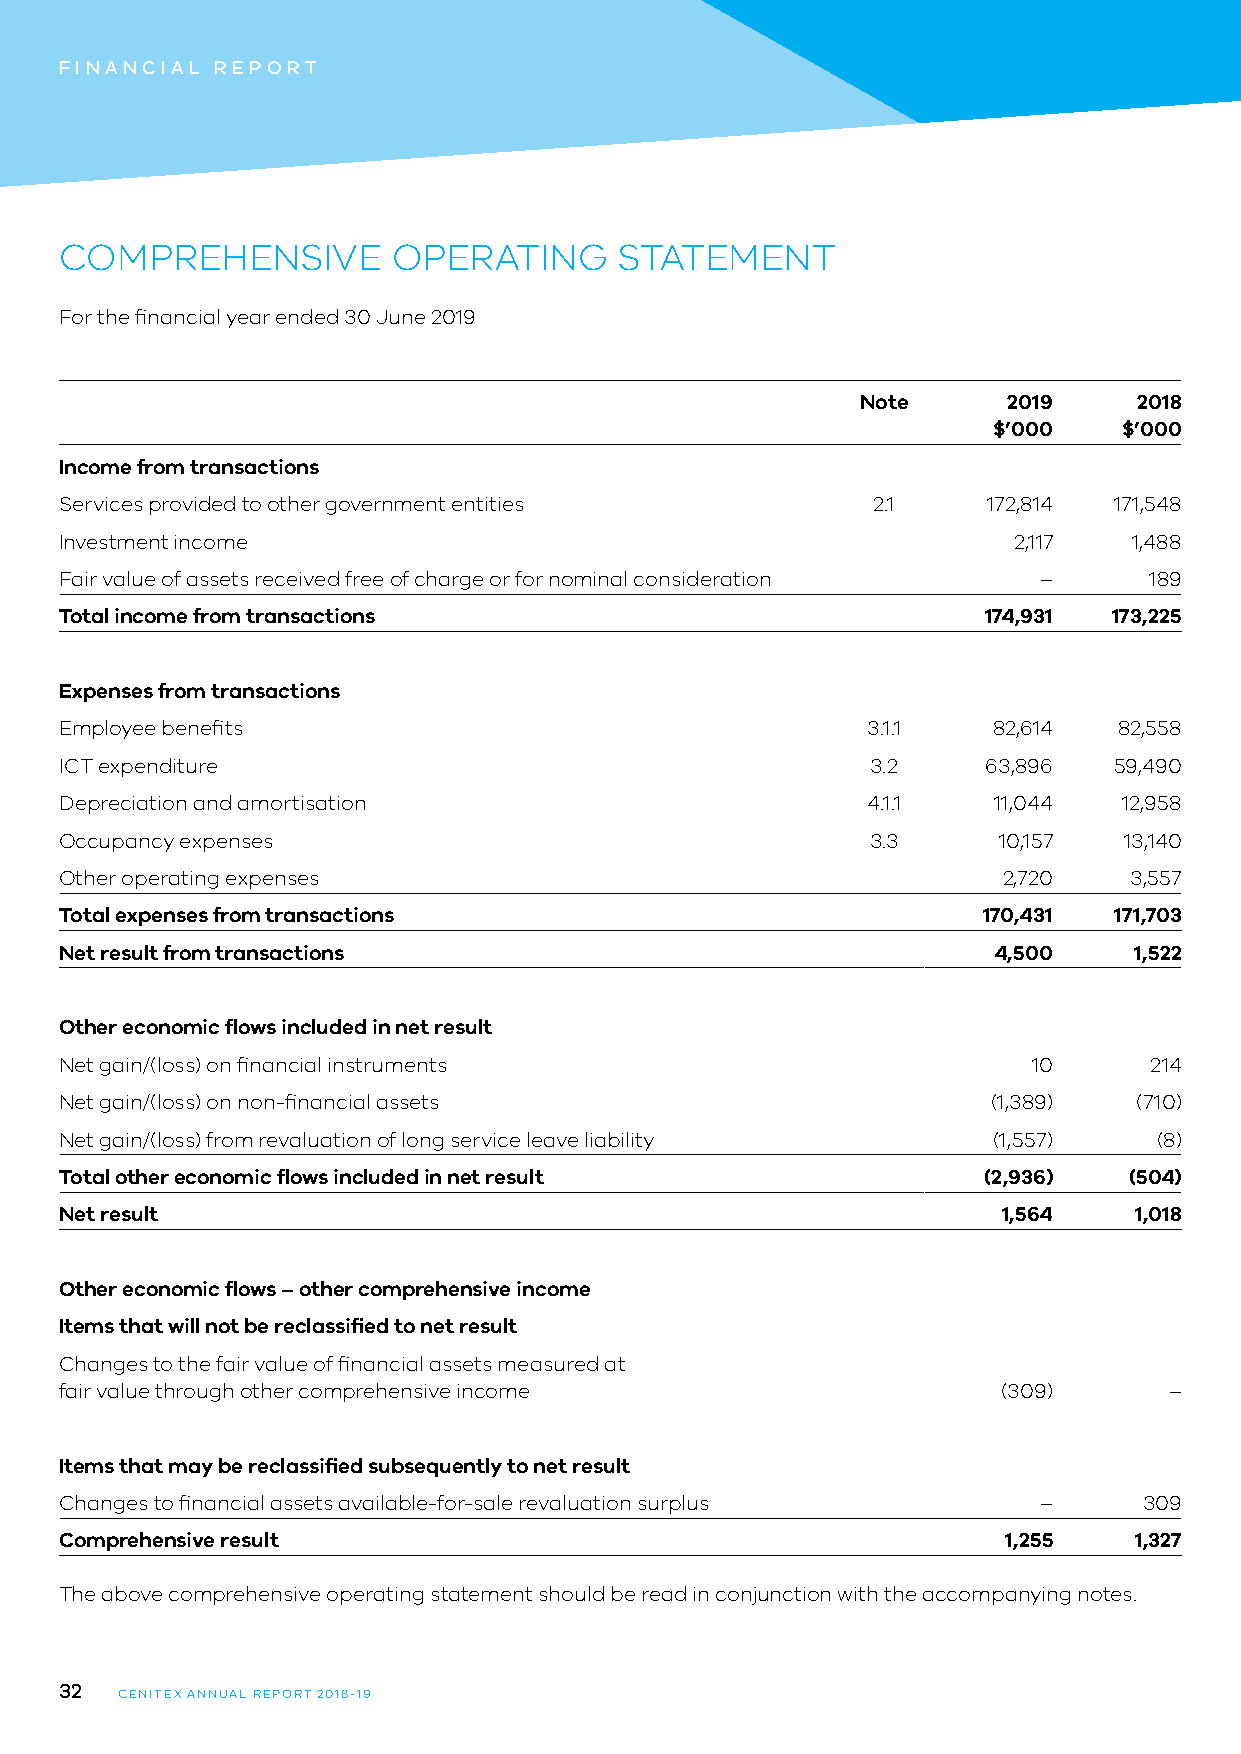
FINANCIAL REPORT
 COMPREHENSIVE         OPERATING      STATEMENT
 For the financial year ended 30 June 2019
 Note      2019    2018
 $’000   $’000
 Income from transactions
 Services provided to other government entities        2.1    172,814  171,548
 Investment income                                              2,117   1,488
 Fair value of assets received free of charge or for nominal consideration – 189
 Total income from transactions                               174,931  173,225
 Expenses from transactions
 Employee benefits                                    3.1.1    82,614  82,558
 ICT expenditure                                       3.2    63,896   59,490
 Depreciation and amortisation                        4.1.1    11,044  12,958
 Occupancy expenses                                    3.3     10,157  13,140
 Other operating expenses                                      2,720    3,557
 Total expenses from transactions                             170,431  171,703
 Net result from transactions                                  4,500    1,522
 Other economic flows included in net result
 Net gain/(loss) on financial instruments                        10      214
 Net gain/(loss) on non-financial assets                       (1,389)  (710)
 Net gain/(loss) from revaluation of long service leave liability (1,557) (8)
 Total other economic flows included in net result            (2,936)   (504)
 Net result                                                    1,564    1,018
 Other economic flows – other comprehensive income
 Items that will not be reclassified to net result
 Changes to the fair value of financial assets measured at
 fair value through other comprehensive income                 (309)      –
 Items that may be reclassified subsequently to net result
 Changes to financial assets available-for-sale revaluation surplus –    309
 Comprehensive result                                          1,255    1,327
 The above comprehensive operating statement should be read in conjunction with the accompanying notes.
 32
 CENITEX ANNUAL REPORT 2018-19